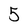
Character: 5